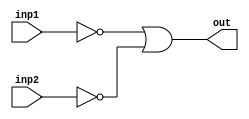
`timescale 1ns / 1ps
//////////////////////////////////////////////////////////////////////////////////
// Company: 
// Engineer: 
// 
// Design Name: 
// Module Name: nand_nor_gatelevel
// Project Name: 
// Target Devices: 
// Tool Versions: 
// Description: 
// 
// Dependencies: 
// 
// Revision:
// Revision 0.01 - File Created
// Additional Comments:
// 
//////////////////////////////////////////////////////////////////////////////////


module nand_nor_gatelevel(inp1,inp2,out);
input inp1,inp2;
output out;
wire p,q,r;
nor(p,inp1,inp1);
nor(q,inp2,inp2);
nor(r,p,q);
nor(out,r,r);
endmodule